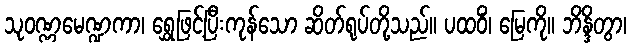
သုဝဏ္ဏမေဏ္ဍကာ၊ ရွှေဖြင့်ပြီးကုန်သော ဆိတ်ရုပ်တို့သည်။ ပထဝိံ၊ မြေကို။ ဘိန္ဒိတွာ၊